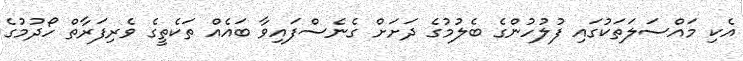
އެކި މައްސަލަތަކުގައި ފުލުހުންގެ ބެލުމުގެ ދަށަށް ގެނެސްފައިވާ ބައެއް ތަކެތީގެ ވެރިފަރާތް ހޯދުމުގެ